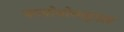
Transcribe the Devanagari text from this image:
फलोवोनाइडस